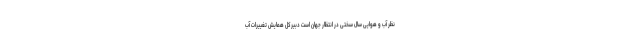
نظر آب و هوایی سال سختی در انتظار جهان است دبیرکل همایش تغییرات آب